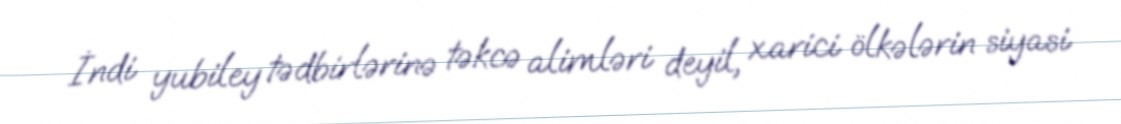
İndi yubiley tədbirlərinə təkcə alimləri deyil, xarici ölkələrin siyasi